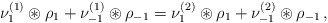
\begin{align*} \nu_1^{(1)}\circledast \rho_{1} + \nu_{-1}^{(1)}\circledast \rho_{-1} =\nu_1^{(2)}\circledast \rho_{1} + \nu_{-1}^{(2)}\circledast \rho_{-1}\,, \end{align*}